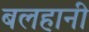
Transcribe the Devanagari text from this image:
बलहानी